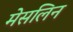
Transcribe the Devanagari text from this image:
मेसलिन